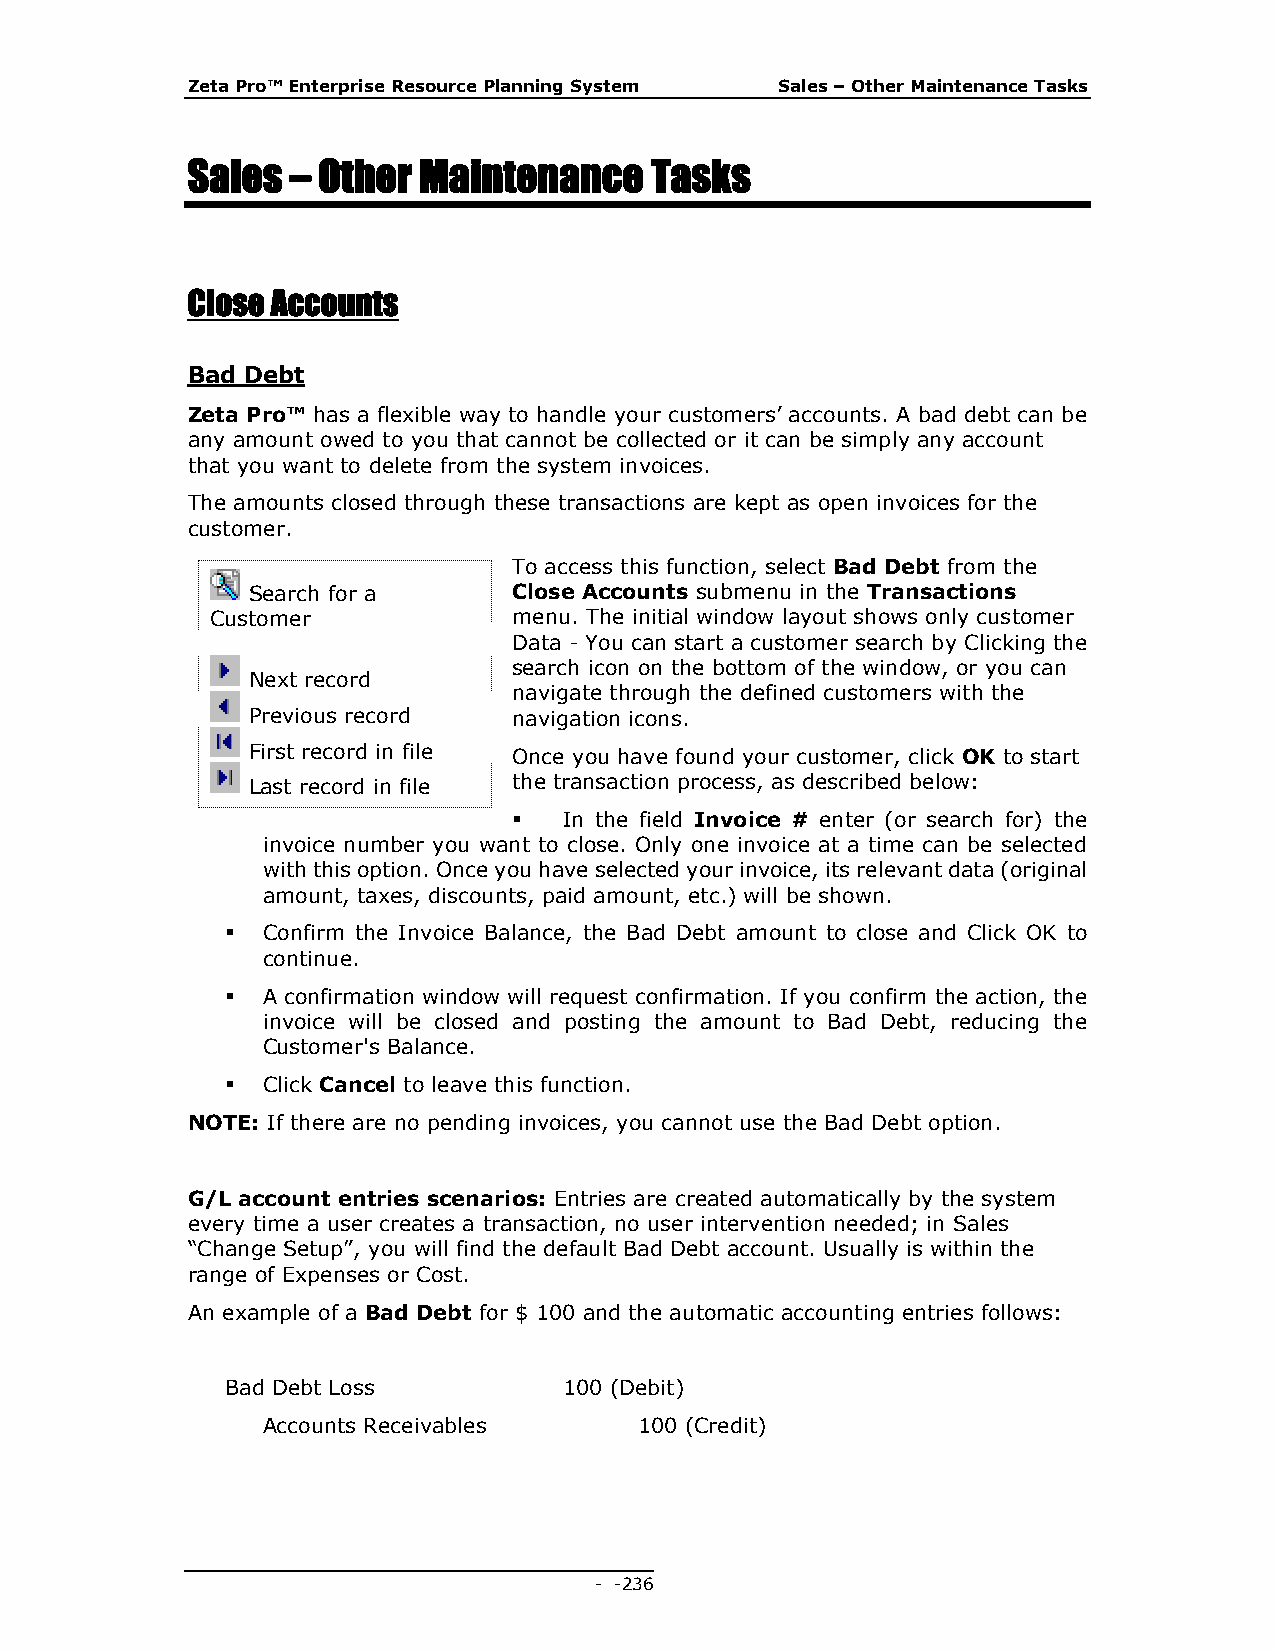
Zeta Pro™ Enterprise Resource Planning System Sales – Other Maintenance Tasks
 Sales  – Other  Maintenance    Tasks
 Close Accounts
 Bad Debt
 Zeta Pro™ has a flexible way to handle your customers’ accounts. A bad debt can be
 any amount owed to you that cannot be collected or it can be simply any account
 that you want to delete from the system invoices.
 The amounts closed through these transactions are kept as open invoices for the
 customer.
 To access this function, select Bad Debt from the
 Search for a      Close Accounts submenu in the Transactions
 Customer            menu. The initial window layout shows only customer
 Data - You can start a customer search by Clicking the
 search icon on the bottom of the window, or you can
 Next record
 navigate through the defined customers with the
 Previous record   navigation icons.
 First record in file Once you have found your customer, click OK to start
 Last record in file the transaction process, as described below:
   In the field Invoice # enter (or search for) the
 invoice number you want to close. Only one invoice at a time can be selected
 with this option. Once you have selected your invoice, its relevant data (original
 amount, taxes, discounts, paid amount, etc.) will be shown.
  Confirm the Invoice Balance, the Bad Debt amount to close and Click OK to
 continue.
  A confirmation window will request confirmation. If you confirm the action, the
 invoice will be closed and posting the amount to Bad Debt, reducing the
 Customer's Balance.
  Click Cancel to leave this function.
 NOTE: If there are no pending invoices, you cannot use the Bad Debt option.
 G/L account entries scenarios: Entries are created automatically by the system
 every time a user creates a transaction, no user intervention needed; in Sales
 “Change Setup”, you will find the default Bad Debt account. Usually is within the
 range of Expenses or Cost.
 An example of a Bad Debt for $ 100 and the automatic accounting entries follows:
 Bad Debt Loss         100 (Debit)
 Accounts Receivables     100 (Credit)
 - - 236